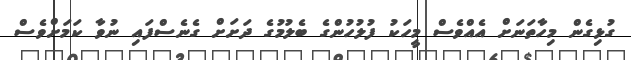
ގުޅިގެން މިހާތަނަށް އެއްވެސް މީހަކު ފުލުހުންގެ ބެލުމުގެ ދަށަށް ގެނެސްފައި ނުވާ ކަމަށްވެސް